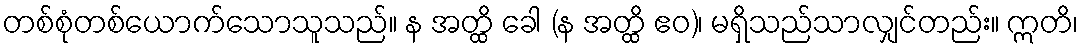
တစ်စုံတစ်ယောက်သောသူသည်။ န အတ္ထိ ခေါ (န အတ္ထိ ဧဝ)၊ မရှိသည်သာလျှင်တည်း။ ဣတိ၊